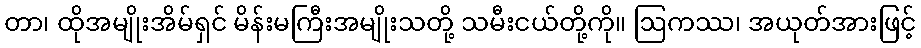
တာ၊ ထိုအမျိုးအိမ်ရှင် မိန်းမကြီးအမျိုးသတို့ သမီးငယ်တို့ကို။ ဩကဿ၊ အယုတ်အားဖြင့်